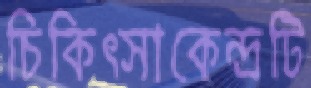
চিকিত্সাকেন্দ্রটি